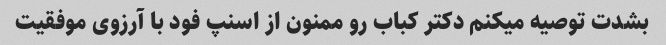
بشدت توصیه میکنم دکتر کباب رو ممنون از اسنپ فود با آرزوی موفقیت